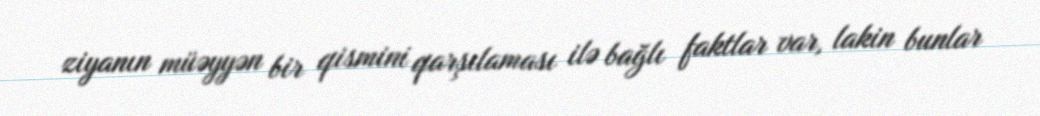
ziyanın müəyyən bir qismini qarşılaması ilə bağlı faktlar var, lakin bunlar